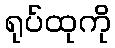
ရုပ်ထုကို